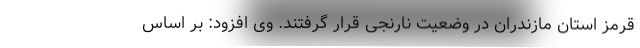
قرمز استان مازندران در وضعیت نارنجی قرار گرفتند. وی افزود: بر اساس